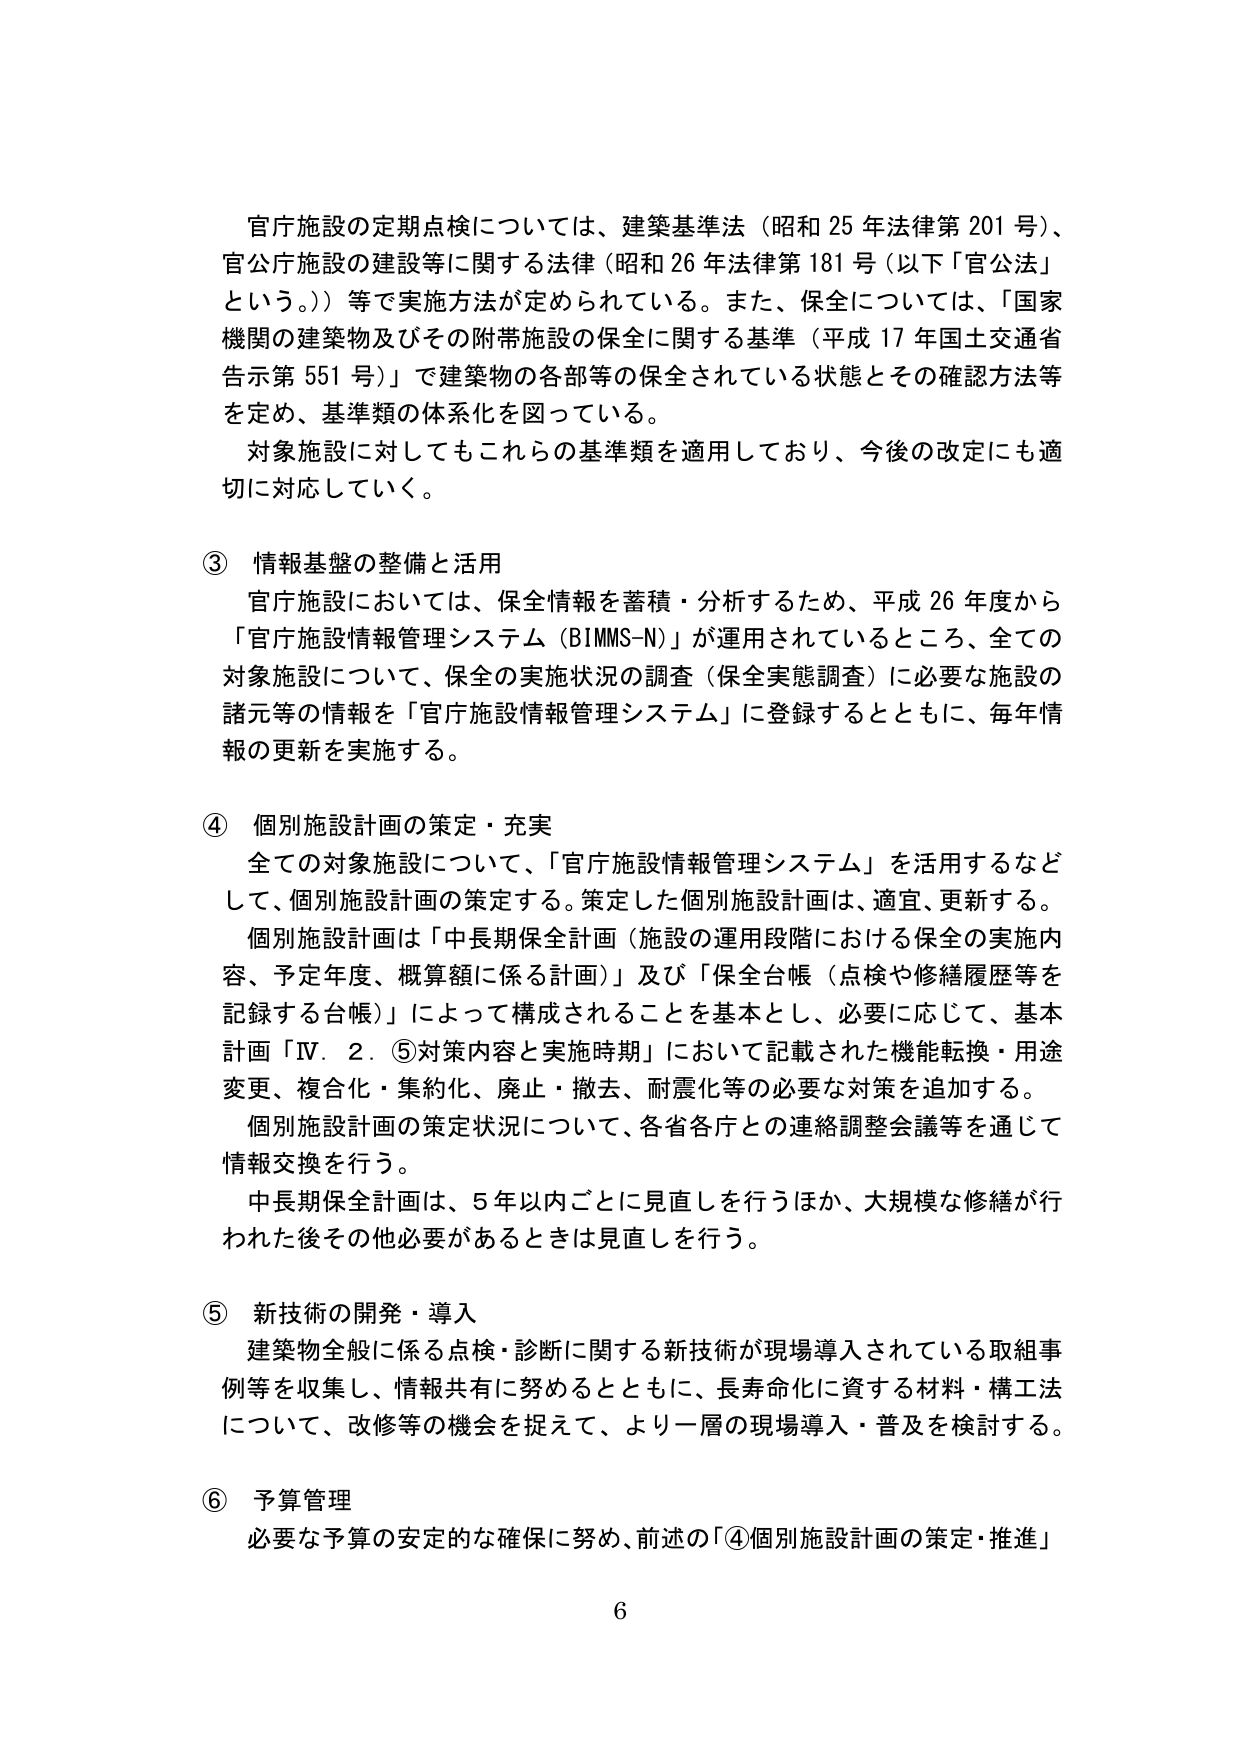
官庁施設の定期点検については、建築基準法（昭和25年法律第201号）、官公庁施設の建設等に関する法律（昭和26年法律第181号（以下「官公法」という。））等で実施方法が定められている。また、保全については、「国家機関の建築物及びその附帯施設の保全に関する基準（平成17年国土交通省告示第551号）」で建築物の各部等の保全されている状態とその確認方法等を定め、基準類の体系化を図っている。

対象施設に対してもこれらの基準類を適用しており、今後の改定にも適切に対応していく。

③ 情報基盤の整備と活用

官庁施設においては、保全情報を蓄積・分析するため、平成26年度から「官庁施設情報管理システム（BIMMS-N）」が運用されているところ、全ての対象施設について、保全の実施状況の調査（保全実態調査）に必要な施設の諸元等の情報を「官庁施設情報管理システム」に登録するとともに、毎年情報の更新を実施する。

④ 個別施設計画の策定・充実

全ての対象施設について、「官庁施設情報管理システム」を活用するなどして、個別施設計画の策定する。策定した個別施設計画は、適宜、更新する。

個別施設計画は「中長期保全計画（施設の運用段階における保全の実施内容、予定年度、概算額に係る計画）」及び「保全台帳（点検や修繕履歴等を記録する台帳）」によって構成されることを基本とし、必要に応じて、基本計画「Ⅳ．2．⑤対策内容と実施時期」において記載された機能転換・用途変更、複合化・集約化、廃止・撤去、耐震化等の必要な対策を追加する。

個別施設計画の策定状況について、各省各庁との連絡調整会議等を通じて情報交換を行う。

中長期保全計画は、5年以内ごとに見直しを行うほか、大規模な修繕が行われた後その他必要があるときは見直しを行う。

⑤ 新技術の開発・導入

建築物全般に係る点検・診断に関する新技術が現場導入されている取組事例等を収集し、情報共有に努めるとともに、長寿命化に資する材料・構工法について、改修等の機会を捉えて、より一層の現場導入・普及を検討する。

⑥ 予算管理

必要な予算の安定的な確保に努め、前述の「④個別施設計画の策定・推進」

6